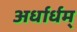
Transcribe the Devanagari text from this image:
अर्धार्धम्